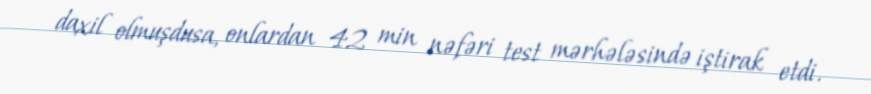
daxil olmuşdusa, onlardan 42 min nəfəri test mərhələsində iştirak etdi.